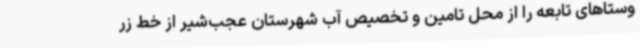
وستاهای تابعه را از محل تامین و تخصیص آب شهرستان عجب‌شیر از خط زر